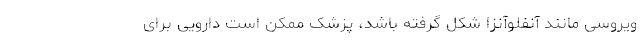
ویروسی مانند آنفلوآنزا شکل گرفته باشد، پزشک ممکن است دارویی برای